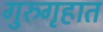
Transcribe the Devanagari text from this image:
गुरुगृहात